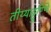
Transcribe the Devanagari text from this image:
तीय्याट्टुण्णि